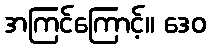
အကြင်ကြောင့်။ ဒေဝ